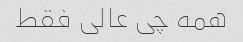
همه چی عالی فقط